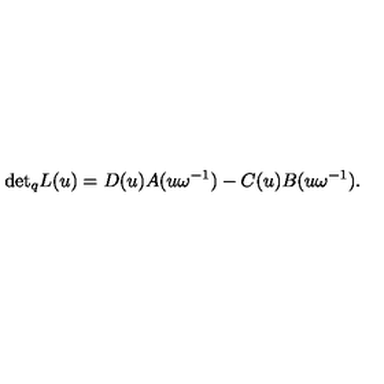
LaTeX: { \det } _ { q } L ( u ) = D ( u ) A ( u \omega ^ { - 1 } ) - C ( u ) B ( u \omega ^ { - 1 } ) .